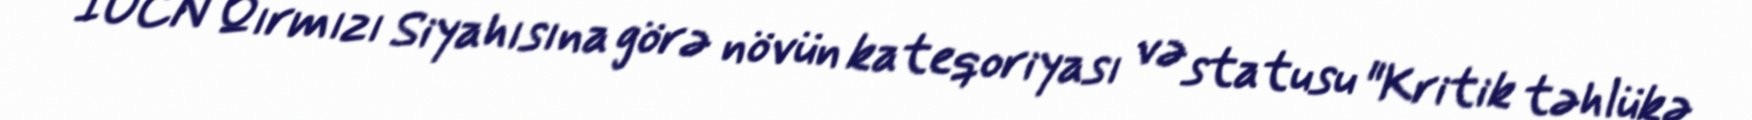
IUCN Qırmızı Siyahısına görə növün kateqoriyası və statusu "Kritik təhlükə